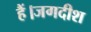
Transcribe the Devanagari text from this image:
हैं।जगदीश